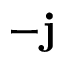
- \mathbf { j }